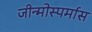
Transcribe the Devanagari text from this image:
जीन्मोस्पर्मास